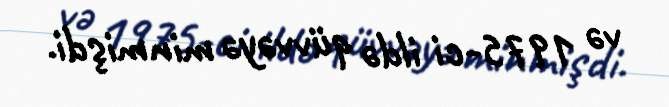
və 1975-ci ildə qüvvəyə minmişdi.